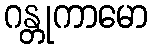
ဂန္တုကာမော